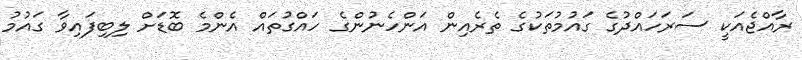
ރާއްޖެއަކީ ސަރަހައްދުގެ ގައުމުތަކުގެ ތެރެއިން އަންހެނުންގެ ހައްގުތައް އެންމެ ބޮޑަށް ލިބިފައިވާ ގައުމު